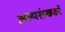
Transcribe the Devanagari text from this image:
अल्पसंख्य्कॉ